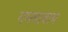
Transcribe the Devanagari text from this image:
गमवावाच